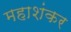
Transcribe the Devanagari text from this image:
महाशंकर